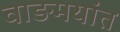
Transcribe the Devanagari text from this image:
वाङमयांत